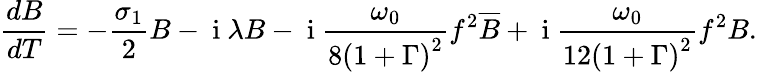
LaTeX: \frac{dB}{dT}=-\frac{\sigma_{1}}{2}B-\mathrm{~i~}\lambda B-\mathrm{~i~}\frac{\omega_{0}}{8\left(1+\Gamma\right)^{2}}f^{2}\overline{{B}}+\mathrm{~i~}\frac{\omega_{0}}{12\left(1+\Gamma\right)^{2}}f^{2}B.